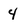
Character: 4